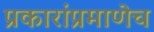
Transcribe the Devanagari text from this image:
प्रकारांप्रमाणेच